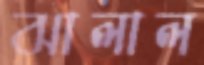
ঝালাল